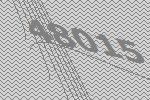
48015